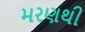
મરણથી